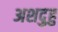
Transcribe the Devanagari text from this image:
अशदुहु